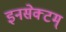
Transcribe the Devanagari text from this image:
इनसेक्टम्‌